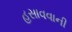
હસાવવાની